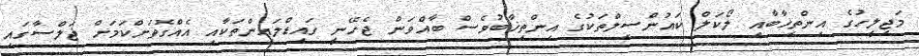
މަޖިލީހުގެ އިންތިޚާބާއި ލޯކަލް ކައުންސިލްތަކުގެ އިންތިޚާބުވެސް ބާއްވަން ޖެހޭނީ ގައިޑްލައިންތަކާއި އެއްގޮތަށްކަމަށް ޖަލްސާގައި